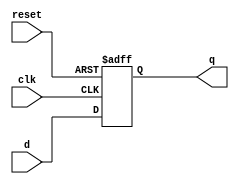
module reg8bit(input [7:0]d,input reset,clk,output reg [7:0]q);
always@(posedge reset or posedge clk)
begin
if(reset)
q<=8'b00000000;
else
q<=d;
end
endmodule